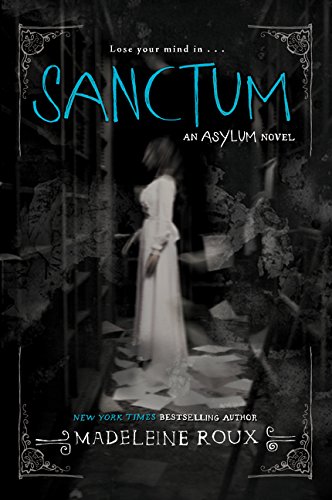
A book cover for Sanctum (Asylum); Madeleine Roux; Teen & Young Adult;